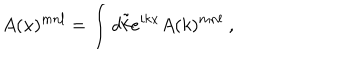
LaTeX: A ( x ) ^ { m n l } = \int d \tilde { k } e ^ { i k x } A ( k ) ^ { m n l } \ ,